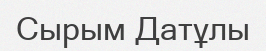
Сырым Датұлы